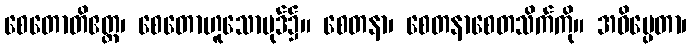
စေတောတိဧတ္တ၊ စေတောဟူသောပုဒ်၌။ စေတနာ၊ စေတနာစေတသိက်ကို။ အဓိပ္ပေတာ၊